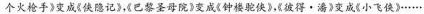
个火枪手》变成《侠隐记》，《巴黎圣母院》变成《钟楼驼侠》，《彼得·潘》变成《小飞侠》······